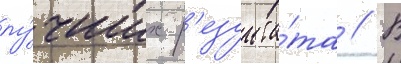
лу́чших р'езульта́та // В